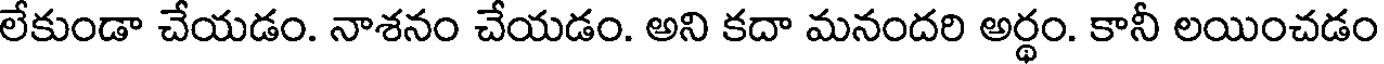
లేకుండా చేయడం. నాశనం చేయడం. అని కదా మనందరి అర్థం. కానీ లయించడం